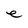
Character: e